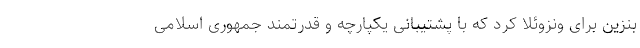
بنزین برای ونزوئلا کرد که با پشتیبانی یکپارچه و قدرتمند جمهوری اسلامی